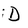
Character: D